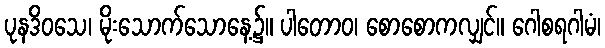
ပုနဒိဝသေ၊ မိုးသောက်သောနေ့၌။ ပါတောဝ၊ စောစောကလျှင်။ ဂေါစရဂါမံ၊